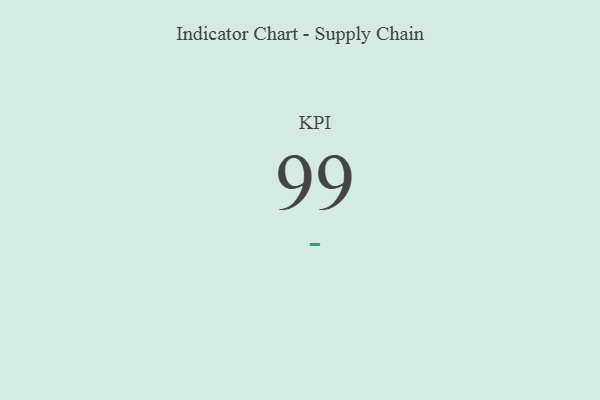
{"axis": {"x": "KPI", "y": "Value"}, "legend": [""], "data": [{"x": "KPI", "y": 99, "type": ""}]}